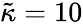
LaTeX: \tilde{\kappa}=10